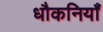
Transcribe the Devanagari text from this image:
धौकनियाँ